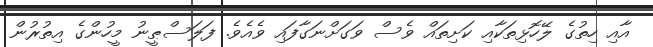
އާއި ހިތުގެ ލޭހޮޅިތަކާއި ކަށިތައް ވެސް ވަގަށްނަގާފައި ވެއެވެ. ފަލަސްޠީނު މީހުންގެ އިތުރުން